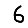
Digit: 6